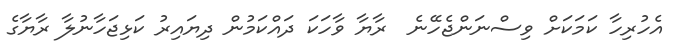
އެހުރިހާ ކަމަކަށް ވިސްނަންޖެހޭނެ  ރާޔާ ވާހަކަ ދައްކަމުން ދިޔައިރު ކަޅިޖަހާނުލާ ރާޔާގެ